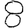
Digit: 8